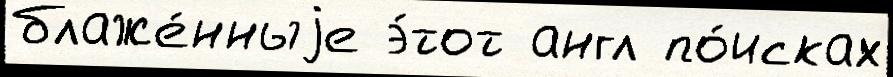
блаже́нныjе э́тот англ по́исках